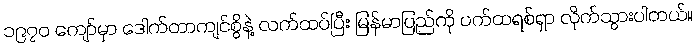
၁၉၇၀ ကျော်မှာ ဒေါက်တာကျင်စွိနဲ့ လက်ထပ်ပြီး မြန်မာပြည်ကို ပက်ထရစ်ရှာ လိုက်သွားပါတယ်။